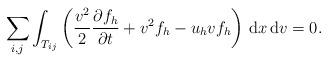
LaTeX: \begin{align*}\sum_{i,j}\int_{T_{ij}}\left(\frac{v^2}{2}\frac{\partial f_h}{\partial t} + v^2f_h - u_hvf_h\right)\,{\rm d}x\,{\rm d}v = 0.\end{align*}